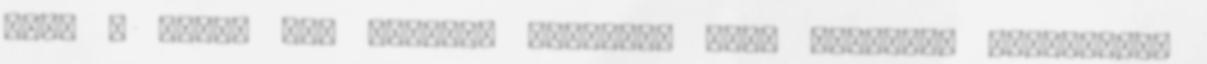
szét , miért nem kezdett köhögni, vagy legalább zsémbelni,